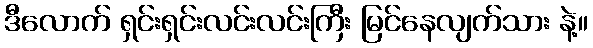
ဒီလောက် ရှင်းရှင်းလင်းလင်းကြီး မြင်နေလျက်သား နဲ့။